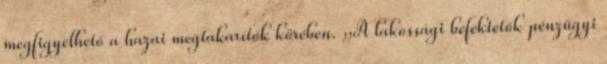
megfigyelhető a hazai megtakarítók körében. „A lakossági befektetők pénzügyi